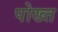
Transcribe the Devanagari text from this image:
पोख्त